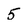
Character: 5